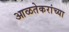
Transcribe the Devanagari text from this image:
आळतेकरांच्या